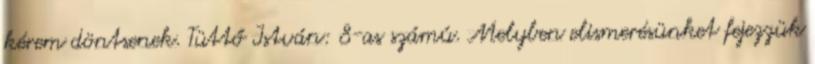
kérem döntsenek. Tüttő István: 8-as számú. Melyben elismerésünket fejezzük